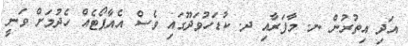
އަދި އިތުރުން ނ. މާފަރާއި ދ. ކުޑަހުވަދޫގައި ވެސް އެއާޕޯޓެއް ހެދުމަށް ވަނީ